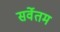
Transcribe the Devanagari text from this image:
सर्वेतम